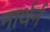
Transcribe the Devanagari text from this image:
नार्थर्न